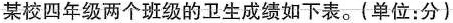
某校四年级两个班级的卫生成绩如下表。(单位：分)